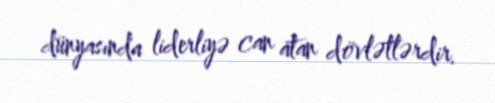
dünyasında liderliyə can atan dövlətlərdir.